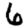
Digit: 6